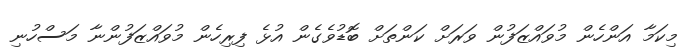
މިކަމާ އަންހެން މުވައްޒަފުން ވަރަށް ކަންތަށް ބޮޑުވެގެން އުޅެ ފިރިހެން މުވައްޒަފުންނާ މަސްހުނި